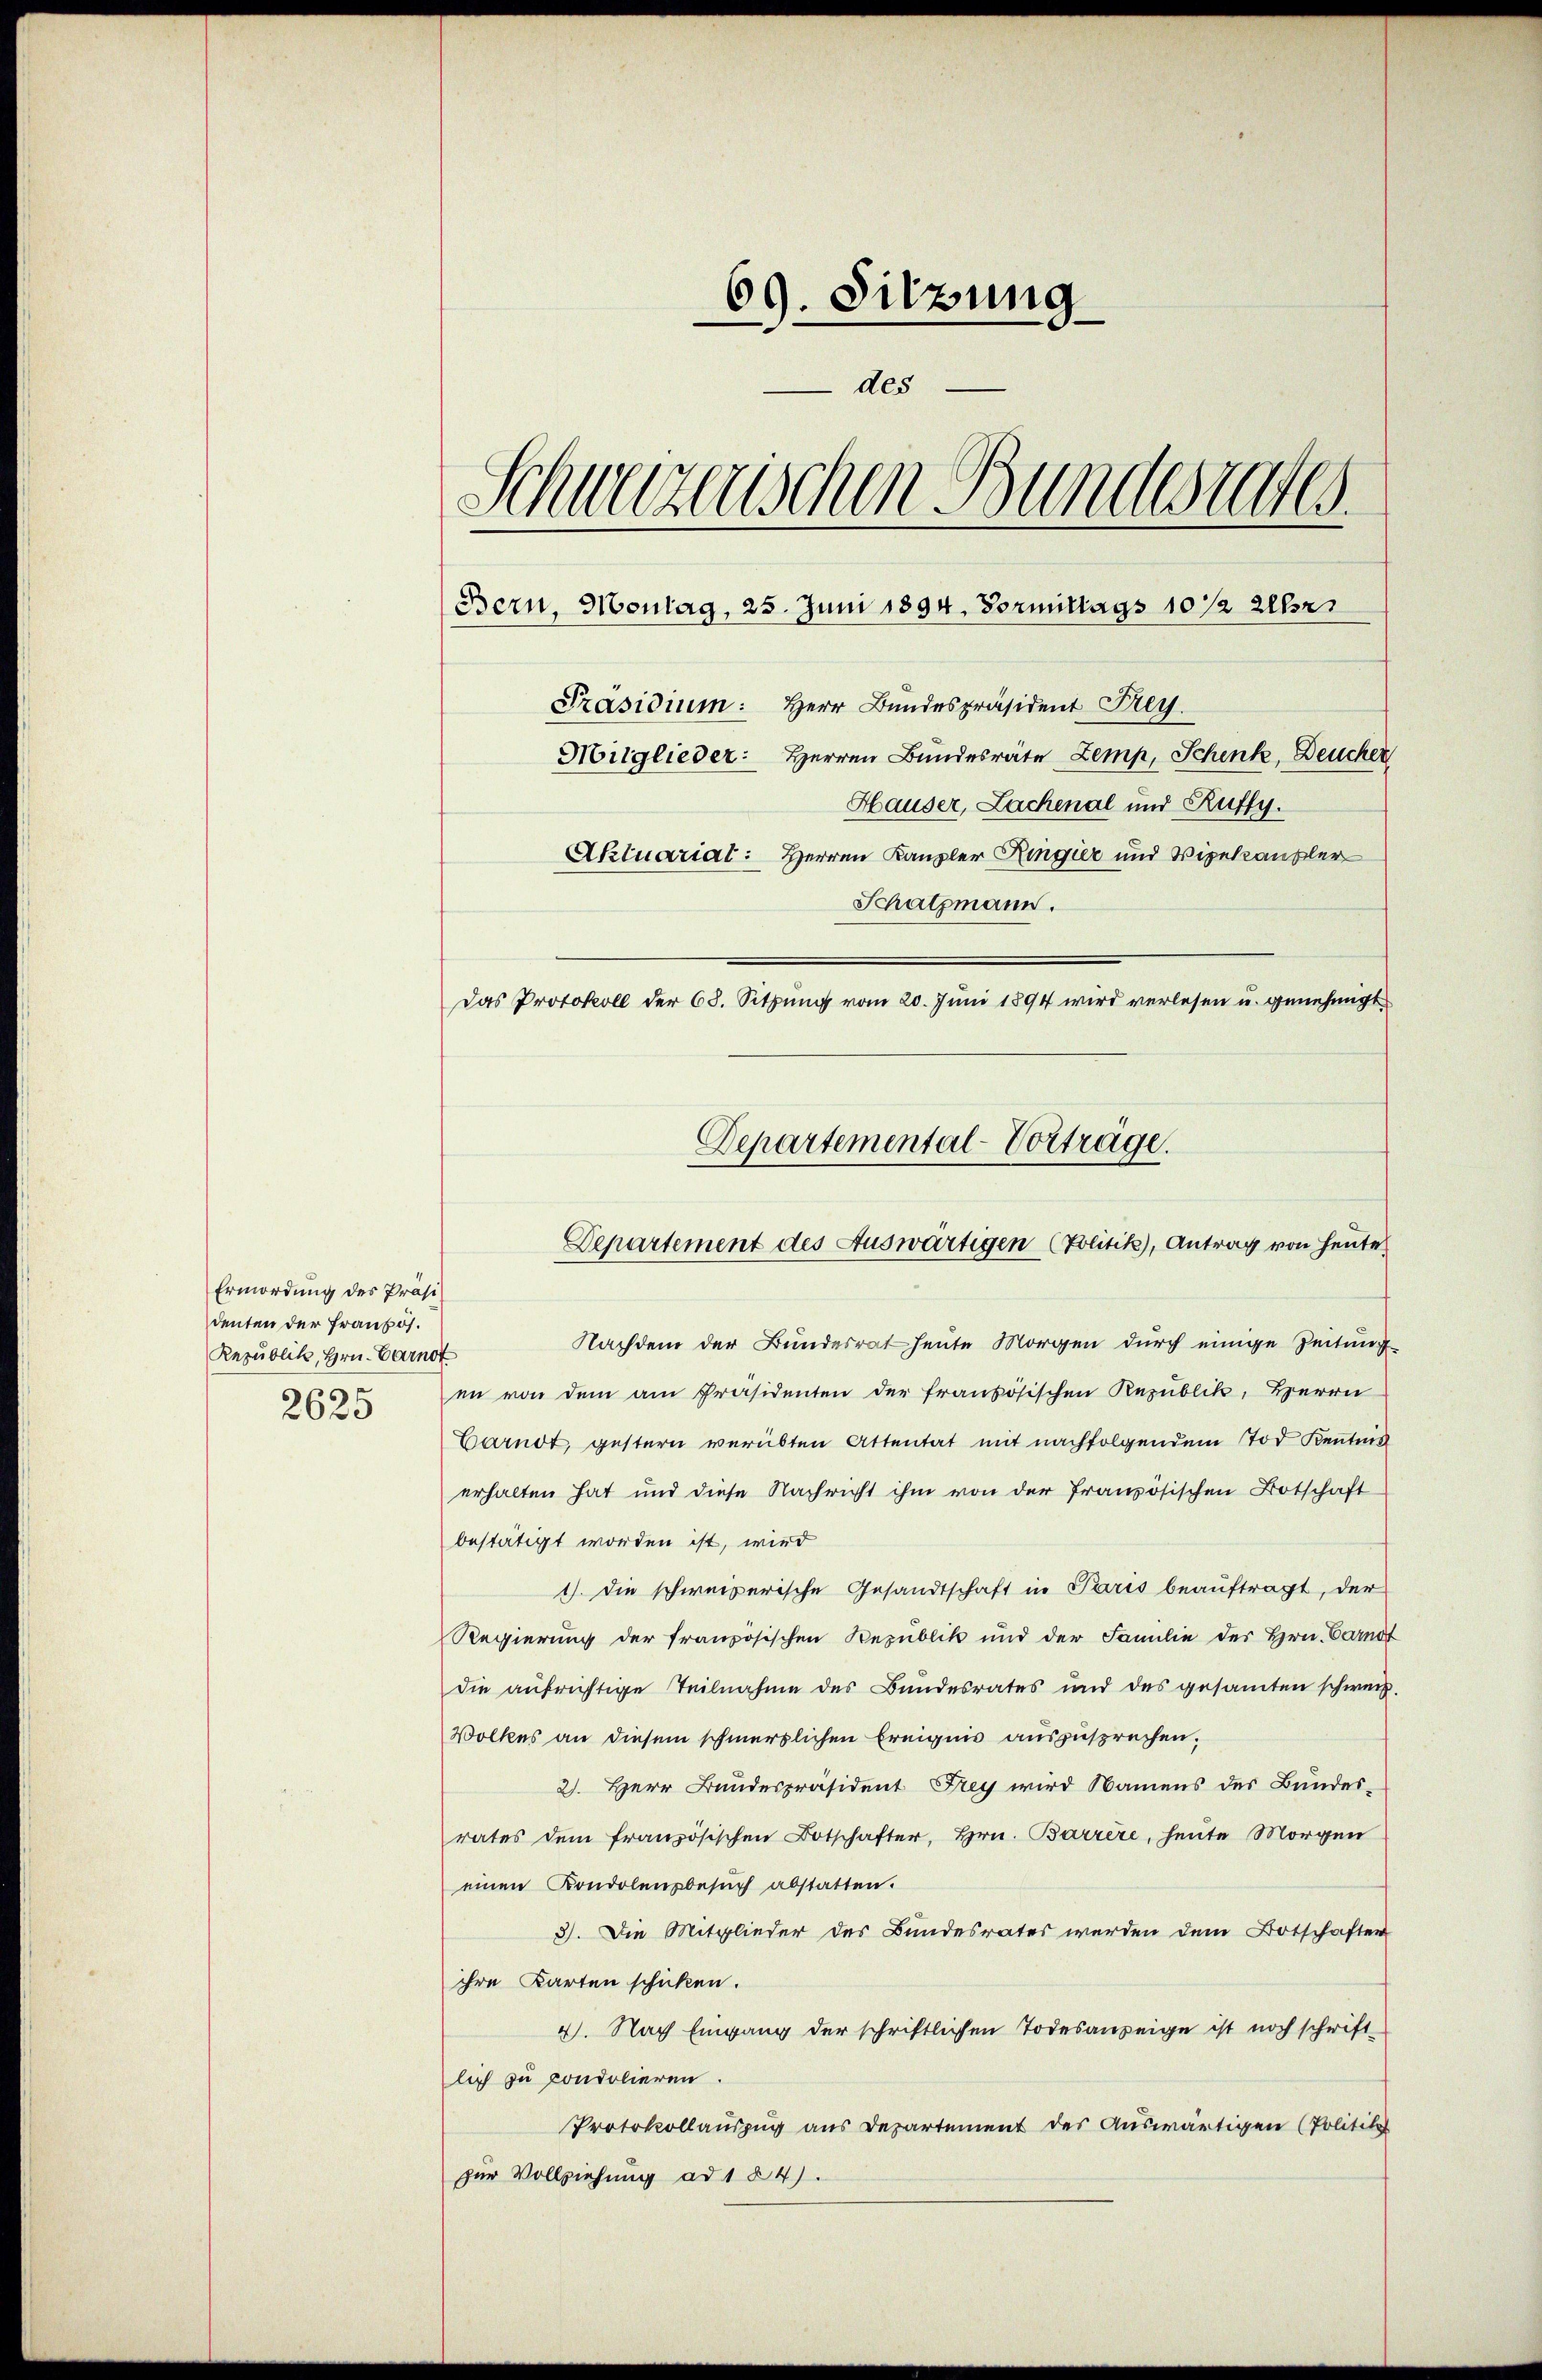
Ermordung des Präsi
denten der Französ.
Republik, Hrn. Carnot
2625

69. Sitzung
des
Schweizerischen Bundesrates.
Bern, Montag, 25. Juni 1894. Vormittags 10 1/2 Uhr
Präsidium: Herr Bundespräsident Frey.
Mitglieder: Herren Bundesräte Zemp, Schenk, Deucher
Hauser, Lachenal und Ruffy.
Aktuariat: Herren Kanzler Ringier und Vizekanzler
Schatzmann.
Das Protokoll der 68. Sitzung vom 20. Juni 1894 wird verlesen u. genehmigt

Nachdem der Bundesrat heute Morgen durch einige Zeitung
en von dem am Präsidenten der französischen Republik, Herrn
Carndt, gestern verübten Attentat mit nachfolgendem Tod Kenntnis
erhalten hat und diese Nachricht ihm von der französischen Botschaft
bestätigt worden ist, wird
1). Die schweizerische Gesandtschaft in Paris beauftragt, der
Regierung der französischen Republik und der Familie des Hrn. Carnot
die aufrichtige Teilnahme des Bundesrates und des gesamten schweiz.
Volkes an diesem schmerzlichen Ereignis auszusprechen;
2. Herr Bundespräsident Frey wird Namens des Bundesrates dem französischen Botschafter, Hrn. Barrere, heute Morgen
einen Kondolensbesuch abstatten.
3). Die Mitglieder des Bundesrates werden dem Botschaften
ihre Karten schicken.
4. Nach Eingang der schriftlichen Todesanzeige ist noch schrift
lich zu condolieren
Protokollauszug aus Departement des Auswärtigen (Politik
zur Vollziehung ad 1 24).

Departemental-Vorträge.
Departement des Auswärtigen (Politik), Antrag von Heute